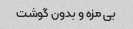
بی مزه و بدون گوشت